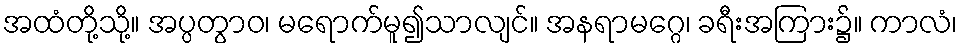
အထံတို့သို့။ အပ္ပတွာဝ၊ မရောက်မူ၍သာလျင်။ အနရာမဂ္ဂေ၊ ခရီးအကြား၌။ ကာလံ၊